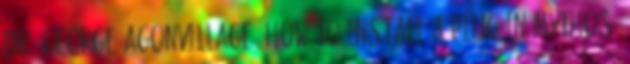
Dr: George Agonvillage: How to install a plug-in mythos?